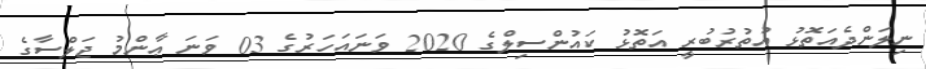
ނިލަންދެއަތޮޅު އުތުރުބުރީ އަތޮޅު ކައުންސިލްގެ 2020 ވަނައަހަރުގެ 03 ވަނަ ޢާންމު ޖަލްސާގެ